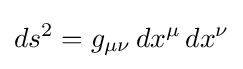
ds^{2}=g_{\mu \nu }\,dx^{\mu }\,dx^{\nu }